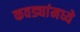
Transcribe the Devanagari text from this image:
कवड्यांमध्ये